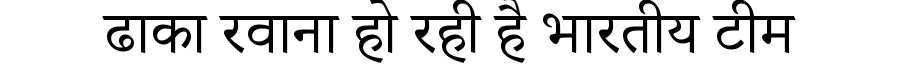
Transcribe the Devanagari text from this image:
ढाका रवाना हो रही है भारतीय टीम